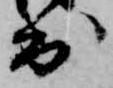
出